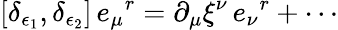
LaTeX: [\delta_{\epsilon_{1}},\delta_{\epsilon_{2}}]\, e_{\mu}{}^{r}=\partial_{\mu}\xi^{\nu}\, e_{\nu}{}^{r}+\cdots